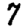
Digit: 7